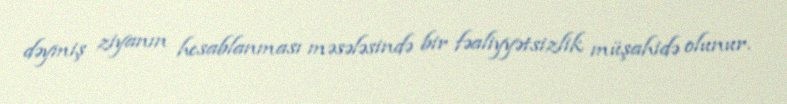
dəymiş ziyanın hesablanması məsələsində bir fəaliyyətsizlik müşahidə olunur.